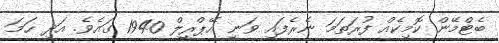
ބެޓްމޭން ކޮމިކެއް ފުރަތަމަ ނެރެފައި ވަނީ އޭޕްރީލް 1940 ގައެވެ. އަދި ހަމަ